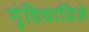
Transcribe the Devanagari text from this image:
गुंडिचाविजे